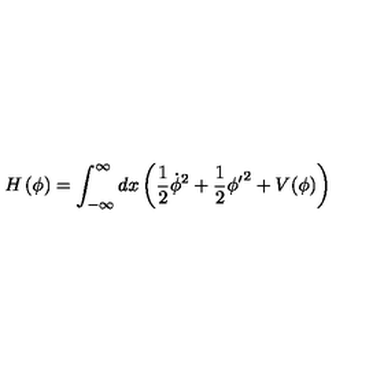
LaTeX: H \left( \phi \right) = \int _ { - \infty } ^ { \infty } d x \left( \frac { 1 } { 2 } \dot { \phi } ^ { 2 } + \frac { 1 } { 2 } { \phi ^ { \prime } } ^ { 2 } + V ( \phi ) \right)